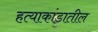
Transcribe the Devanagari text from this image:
हत्याकांडातील